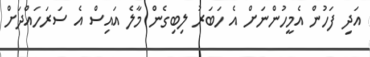
އަދި ފަހުން އެމީހުންނަށް އެ ހަބަރު ލިބިގެން މާލެ އައިސް އެ ސަރަހައްދަށް